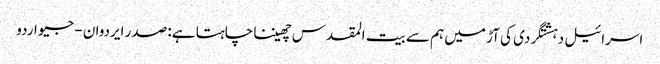
اسرائیل دہشتگردی کی آڑ میں ہم سے بیت المقدس چھیننا چاہتا ہے: صدر ایردوان - جیو اردو